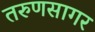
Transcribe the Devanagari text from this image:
तरुणसागर